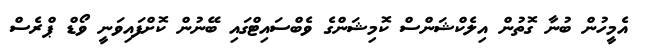
އެމީހުން ބުނާ ގޮތުން އިލެކްޝަންސް ކޮމިޝަންގެ ވެބްސައިޓްގައި ބޭނުން ކޮށްފައިވަނީ ވޯޑް ޕްރެސް